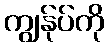
ကျွန်ုပ်ကို